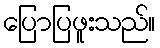
ပြောပြဖူးသည်။